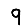
Digit: 9